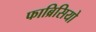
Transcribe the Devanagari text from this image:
फाब्रिसियो